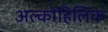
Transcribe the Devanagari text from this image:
अल्कोहिलिक